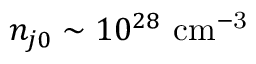
n _ { j 0 } \sim 1 0 ^ { 2 8 } ~ \mathrm { { c m } ^ { - 3 } }